Plague in India, 1896, 1897 - Volume 2
Year: 1896
Disease focus: Plague
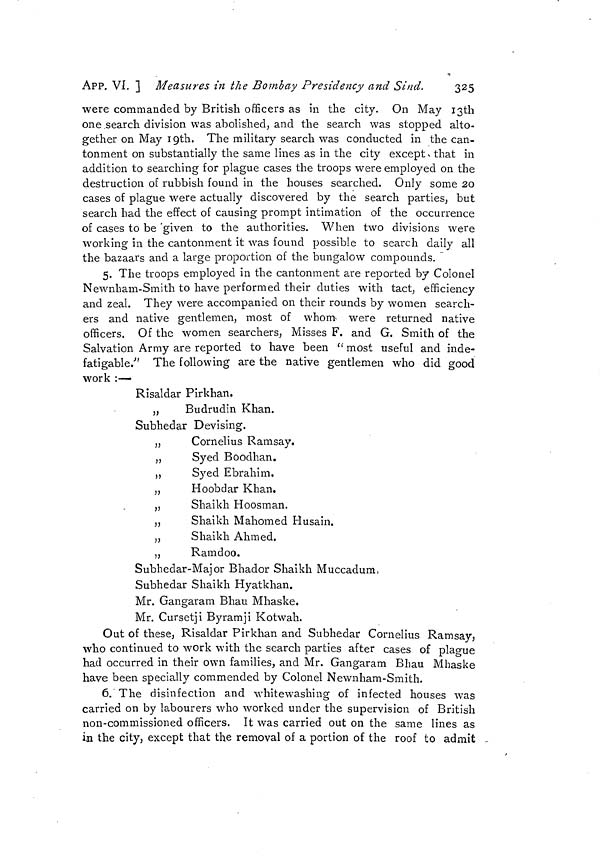
APP. VI. ] Measures in the Bombay Presidency and Sind.
325
were commanded by British officers as in the city. On May I3th
one search division was abolished, and the search was stopped alto-
gether on May 10th. The military search was conducted in the can-
tonment on substantially the same lines as in the city except , that in
addition to searching for plague cases the troops were employed on the
destruction of rubbish found in the houses searched. Only some 20
cases of plague were actually discovered by the search parties, but
search had the effect of causing prompt intimation of the occurrence
of cases to be 'given to the authorities. When two divisions were
working in the cantonment it was found possible to search daily all
the bazaars and a large proportion of the bungalow compounds.
5. The troops employed in the cantonment are reported by Colonel
Newnham-Smith to have performed their duties with tact, efficiency
and zeal. They were accompanied on their rounds by women search-
ers and native gentlemen, most of whom- were returned native
officers. Of the women searchers, Misses F. and G. Smith of the
Salvation Army are reported to have been " most useful and inde-
fatigable."" The following are the native gentlemen who did good
work :—
Risaldar Pirkhan.
,,
Budrudin Khan.
Subhedar Devising.
„
Cornelius Ramsay.
„
Syed Boodhan.
,,
Syed Ebrahim.
„
Hoobdar Khan.
„
Shaikh Hoosman.
,,
Shaikh Mahomed Husain.
,,
Shaikh Ahmed.
„
Ramdoo.
Subheclar-Major Bhador Shaikh Muccadum,
Subhedar Shaikh Hyatkhan.
Mr. Gangaram Bhau Mhaske.
Mr. Cursetji Byramji Kotwah.
Out of these, Risaldar Pirkhan and Subhedar Cornelius Ramsay,
who continued to work with the search parties after cases of plague
had occurred in their own families, and Mr. Gangaram Bhau Mhaske
have been specially commended by Colonel Newnham-Smith.
6. The disinfection and whitewashing of infected houses was
carried on by labourers who worked under the supervision of British
non-commissioned officers. It was carried out on the same lines as
in the city, except that the removal of a portion of the roof to admit -